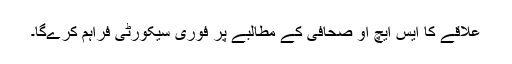
علاقے کا ایس ایچ او صحافی کے مطالبے پر فوری سیکورٹی فراہم کرےگا۔